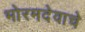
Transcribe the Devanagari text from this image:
भोरमदेवाचे